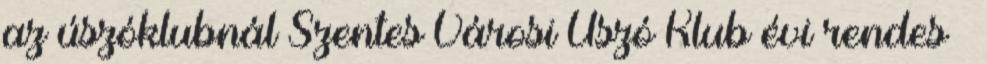
az úszóklubnál Szentes Városi Úszó Klub évi rendes –